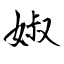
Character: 婌